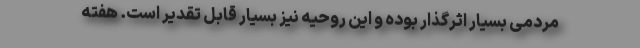
مردمی بسیار اثرگذار بوده و این روحیه نیز بسیار قابل تقدیر است. هفته